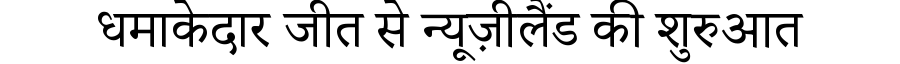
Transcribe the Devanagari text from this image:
धमाकेदार जीत से न्यूज़ीलैंड की शुरुआत